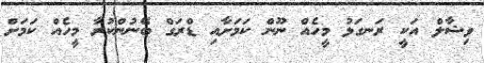
ވިޝާލް އަކީ ރަނގަޅު މީހެއް ނޫން ކަމަށާއި ޑްރަގް ބޭނުންކުރާ މީހެއް ކަމަށް